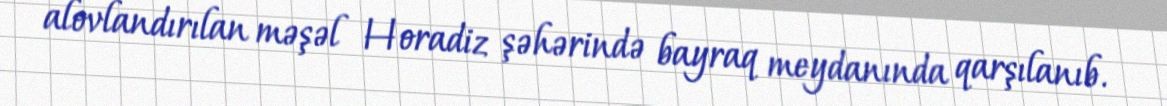
alovlandırılan məşəl Horadiz şəhərində bayraq meydanında qarşılanıb.